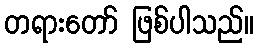
တရားတော် ဖြစ်ပါသည်။